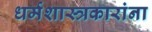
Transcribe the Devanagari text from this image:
धर्मशास्त्रकारांना